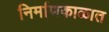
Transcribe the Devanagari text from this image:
निर्माणकाळात